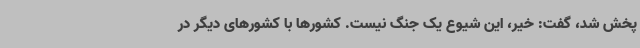
پخش شد، گفت: خیر، این شیوع یک جنگ نیست. کشورها با کشورهای دیگر در